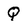
Character: Q